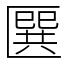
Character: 㔵